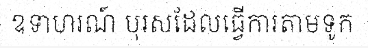
ឧទាហរណ៍ បុរសដែលធ្វើការតាមទូក